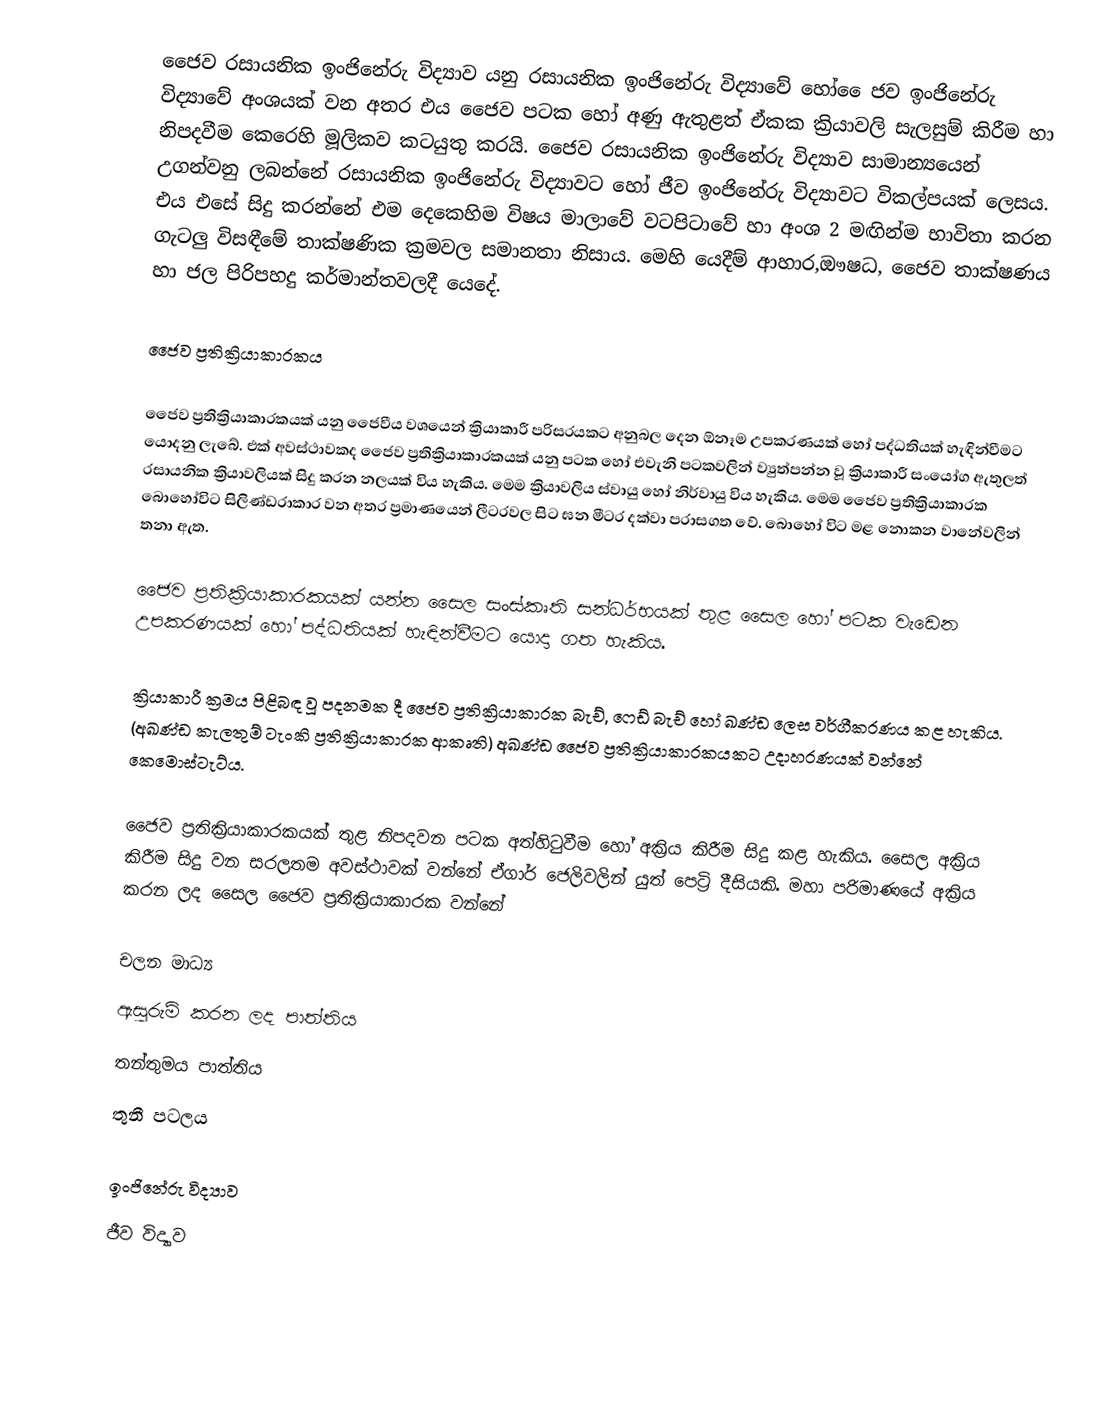
ජෛව රසායනික ඉංජිනේරු විද්‍යාව යනු රසායනික ඉංජිනේරු විද්‍යාවේ හෝ ෙෙජව ඉංජිනේරු විද්‍යාවේ අංශයක් වන අතර එය ජෛව පටක හෝ අණු ඇතුළත් ඒකක ක්‍රියාවලි සැලසුම් කිරීම හා නිපදවීම කෙරෙහි මූලිකව කටයුතු කරයි. ජෛව රසායනික ඉංජිනේරු විද්‍යාව සාමාන්‍යයෙන් උගන්වනු ලබන්නේ රසායනික ඉංජිනේරු විද්‍යාවට හෝ ජීව ඉංජිනේරු විද්‍යාවට විකල්පයක් ලෙසය. එය එසේ සිදු කරන්නේ එම දෙකෙහිම විෂය මාලාවේ වටපිටාවේ හා අංශ 2 මඟින්ම භාවිතා කරන ගැටලු විසඳීමේ තාක්ෂණික ක්‍රමවල සමානතා නිසාය. මෙහි යෙදීම් ආහාර,ඖෂධ, ජෛව තාක්ෂණය හා ජල පිරිපහදු කර්මාන්තවලදී යෙදේ.

ජෛව ප්‍රතික්‍රියාකාරකය

ජෛව ප්‍රතික්‍රියාකාරකයක් යනු ජෛවීය වශයෙන් ක්‍රියාකාරී පරිසරයකට අනුබල දෙන ඕනෑම උපකරණයක් හෝ පද්ධතියක් හැඳින්වීමට යොදනු ලැබේ. එක් අවස්ථාවකද ජෛව ප්‍රතික්‍රියාකාරකයක් යනු පටක හෝ එවැනි පටකවලින් ව්‍යුත්පන්න වූ ක්‍රියාකාරී සංයෝග ඇතුලත් රසායනික ක්‍රියාවලියක් සිදු කරන නලයක් විය හැකිය. මෙම ක්‍රියාවලිය ස්වායු හෝ නිර්වායු විය හැකිය. මෙම ජෛව ප්‍රතික්‍රියාකාරක බොහෝවිට සිලිණ්ඩරාකාර වන අතර ප්‍රමාණයෙන් ලීටරවල සිට ඝන මීටර දක්වා පරාසගත වේ. බොහෝ විට මළ නොකන වානේවලින් තනා ඇත.

ජෛව ප්‍රතික්‍රියාකාරකයක් යන්න සෛල සංස්කෘති සන්ධර්භයක් තුළ සෛල හෝ පටක වැඩෙන උපකරණයක් හෝ පද්ධතියක් හැඳින්වීමට යොදා ගත හැකිය.

ක්‍රියාකාරී ක්‍රමය පිළිබඳ වූ පදනමක දී ජෛව ප්‍රතික්‍රියාකාරක බැච්, ෆෙඩ් බැච් හෝ ඛණ්ඩ ලෙස වර්ගීකරණය කළ හැකිය. (අඛණ්ඩ කැලතුම් ටැංකි ප්‍රතික්‍රියාකාරක ආකෘති) අඛණ්ඩ ජෛව ප්‍රතික්‍රියාකාරකයකට උදාහරණයක් වන්නේ කෙමොස්ටැට්ය.

ජෛව ප්‍රතික්‍රියාකාරකයක් තුළ නිපදවන පටක අත්හිටුවීම හෝ අක්‍රිය කිරීම සිදු කළ හැකිය. සෛල අක්‍රිය කිරීම සිදු වන සරලතම අවස්ථාවක් වන්නේ ඒගාර් ජෙලිවලින් යුත් පෙට්‍රි දීසියකි. මහා පරිමාණයේ අක්‍රිය කරන ලද සෛල ජෛව ප්‍රතික්‍රියාකාරක වන්නේ

	චලන මාධ්‍ය
	ඇසුරුම් කරන ලද පාත්තිය
	තන්තුමය පාත්තිය
	තුනී පටලය

ඉංජිනේරු විද්‍යාව
ජීව විද්‍යාව